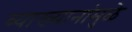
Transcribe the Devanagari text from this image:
व्याख्यानांमुळे